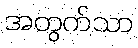
အတွက်သာ